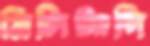
মিলিট্যান্সি